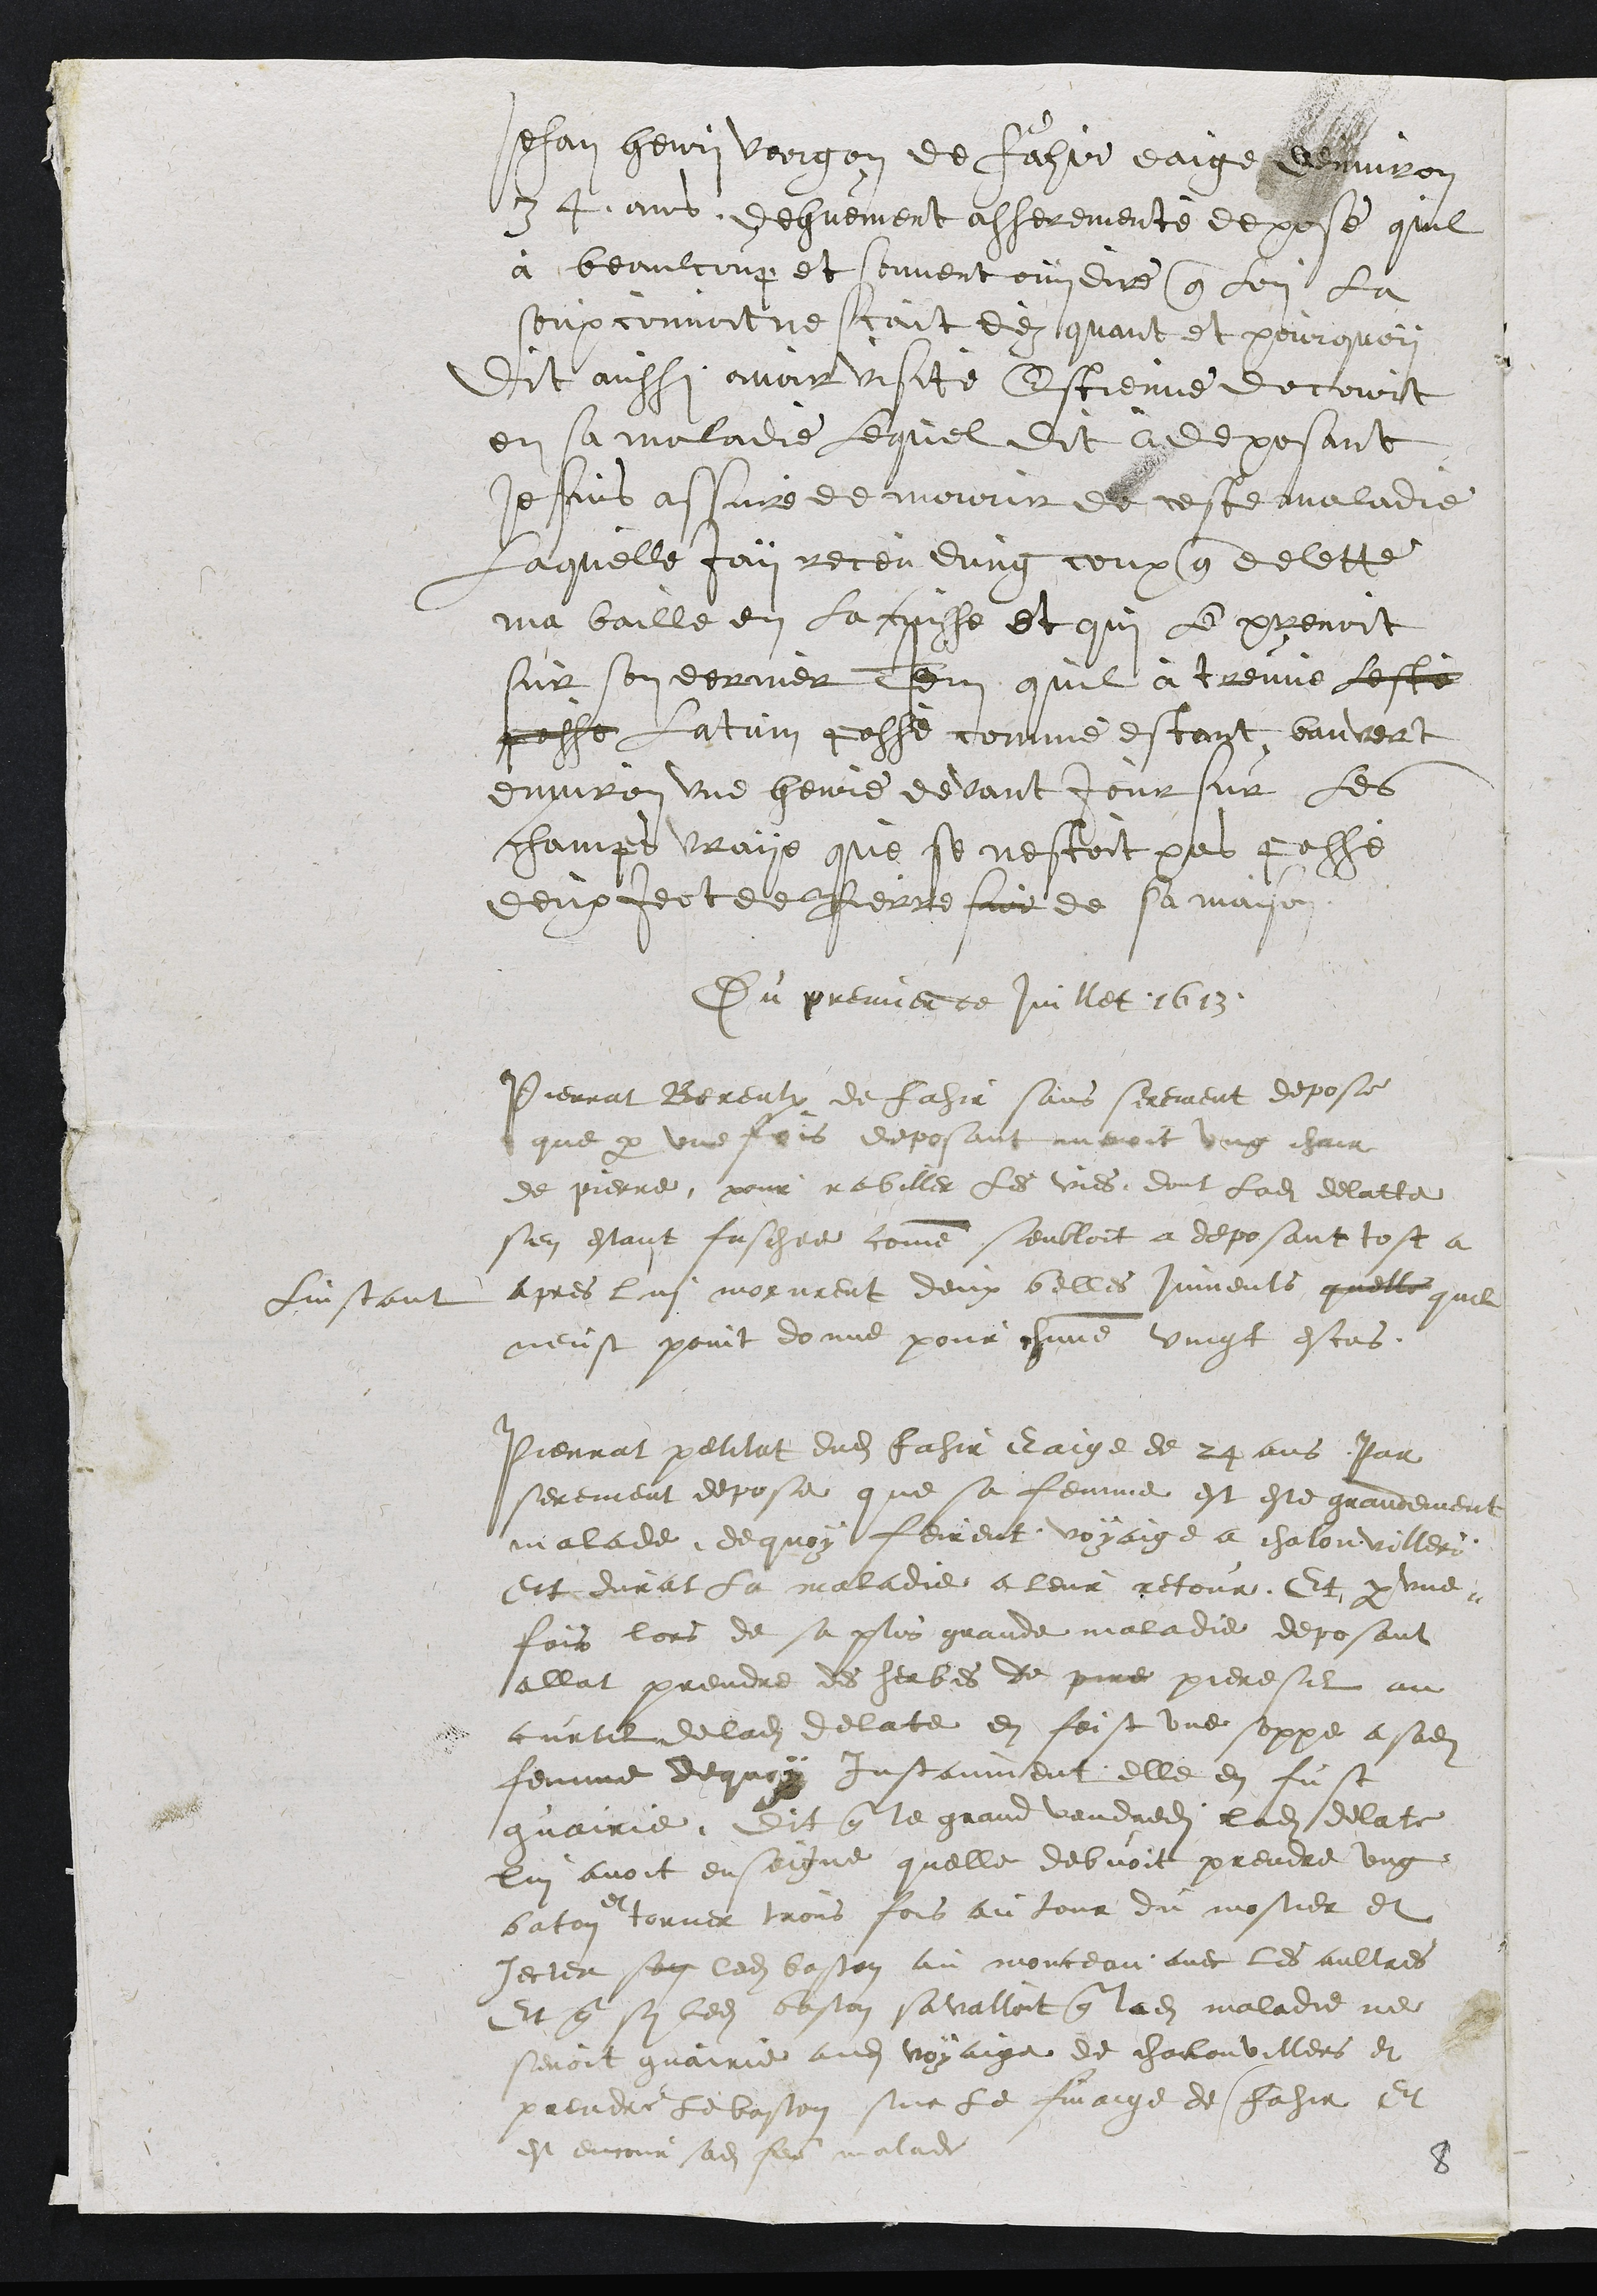
Jehan Henri vargon de Fasie eaige nviron
34 ans dehuement asseremente depose quil
à beaulcoup et souvent ouy dire que lon la
souxconvoitne scait de quant et pourquoy
Dit aussi avoir visité Estienne decourt
en sa maladie lequel dit a deposant
Jesuis assané de mourir de ceste maladie
Laquelle fon receu dung coup que delette
ma baillé en la cuisse et qui le prenoit
sur son dernier Item quil a treuvé leste
passe Latuin passe comme estant bauvert
environ une heure devant jour sur les
champs vraye que se nestoit pas passe
deux feot de Pierrefor de sa mayon
Du premier de Juillet 1613
Pierrat Bereulx de Fahir sans serement depose
que par une fois deposant menoit ung chair
de pierre pour rabiller les vies dont ladite delatte
sen estant faschee comme seubloit a deposant tost a
linstant apres lui morurent deux belles juments quelle quil
neust point donne pour chacune vingt escos.
Pierrat petitat dudit Fahir Eaige de 24 ans Par
serement depose que sa femme est este grandement
malade de quoy feirent voyaige a chalonvillers
Et durat la maladie a leur retour Et par une
fois lors de sa plus grande maladie deposant
allat prendre des herbes de pire pieresil au
curtil de ladite delate en feist une soppe a sadite
femme dequoy Instanment elle en fust
guairie, Dit que le grand vendredit ladite delate
lui avoit enseigne quelle debvoit prendre ung
baton
torner trois fois au tour du mostier et
jecter son ledit baston au monceau avec les aultres
Et que sy ledit baston savalloit que ladite maladie ne
senoit guairie audit voyaige de chaclouvillers et
prendre le baston sur le finaige de Fahia et
est encour sadite feme malade